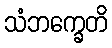
သံဘက္ခေတိ